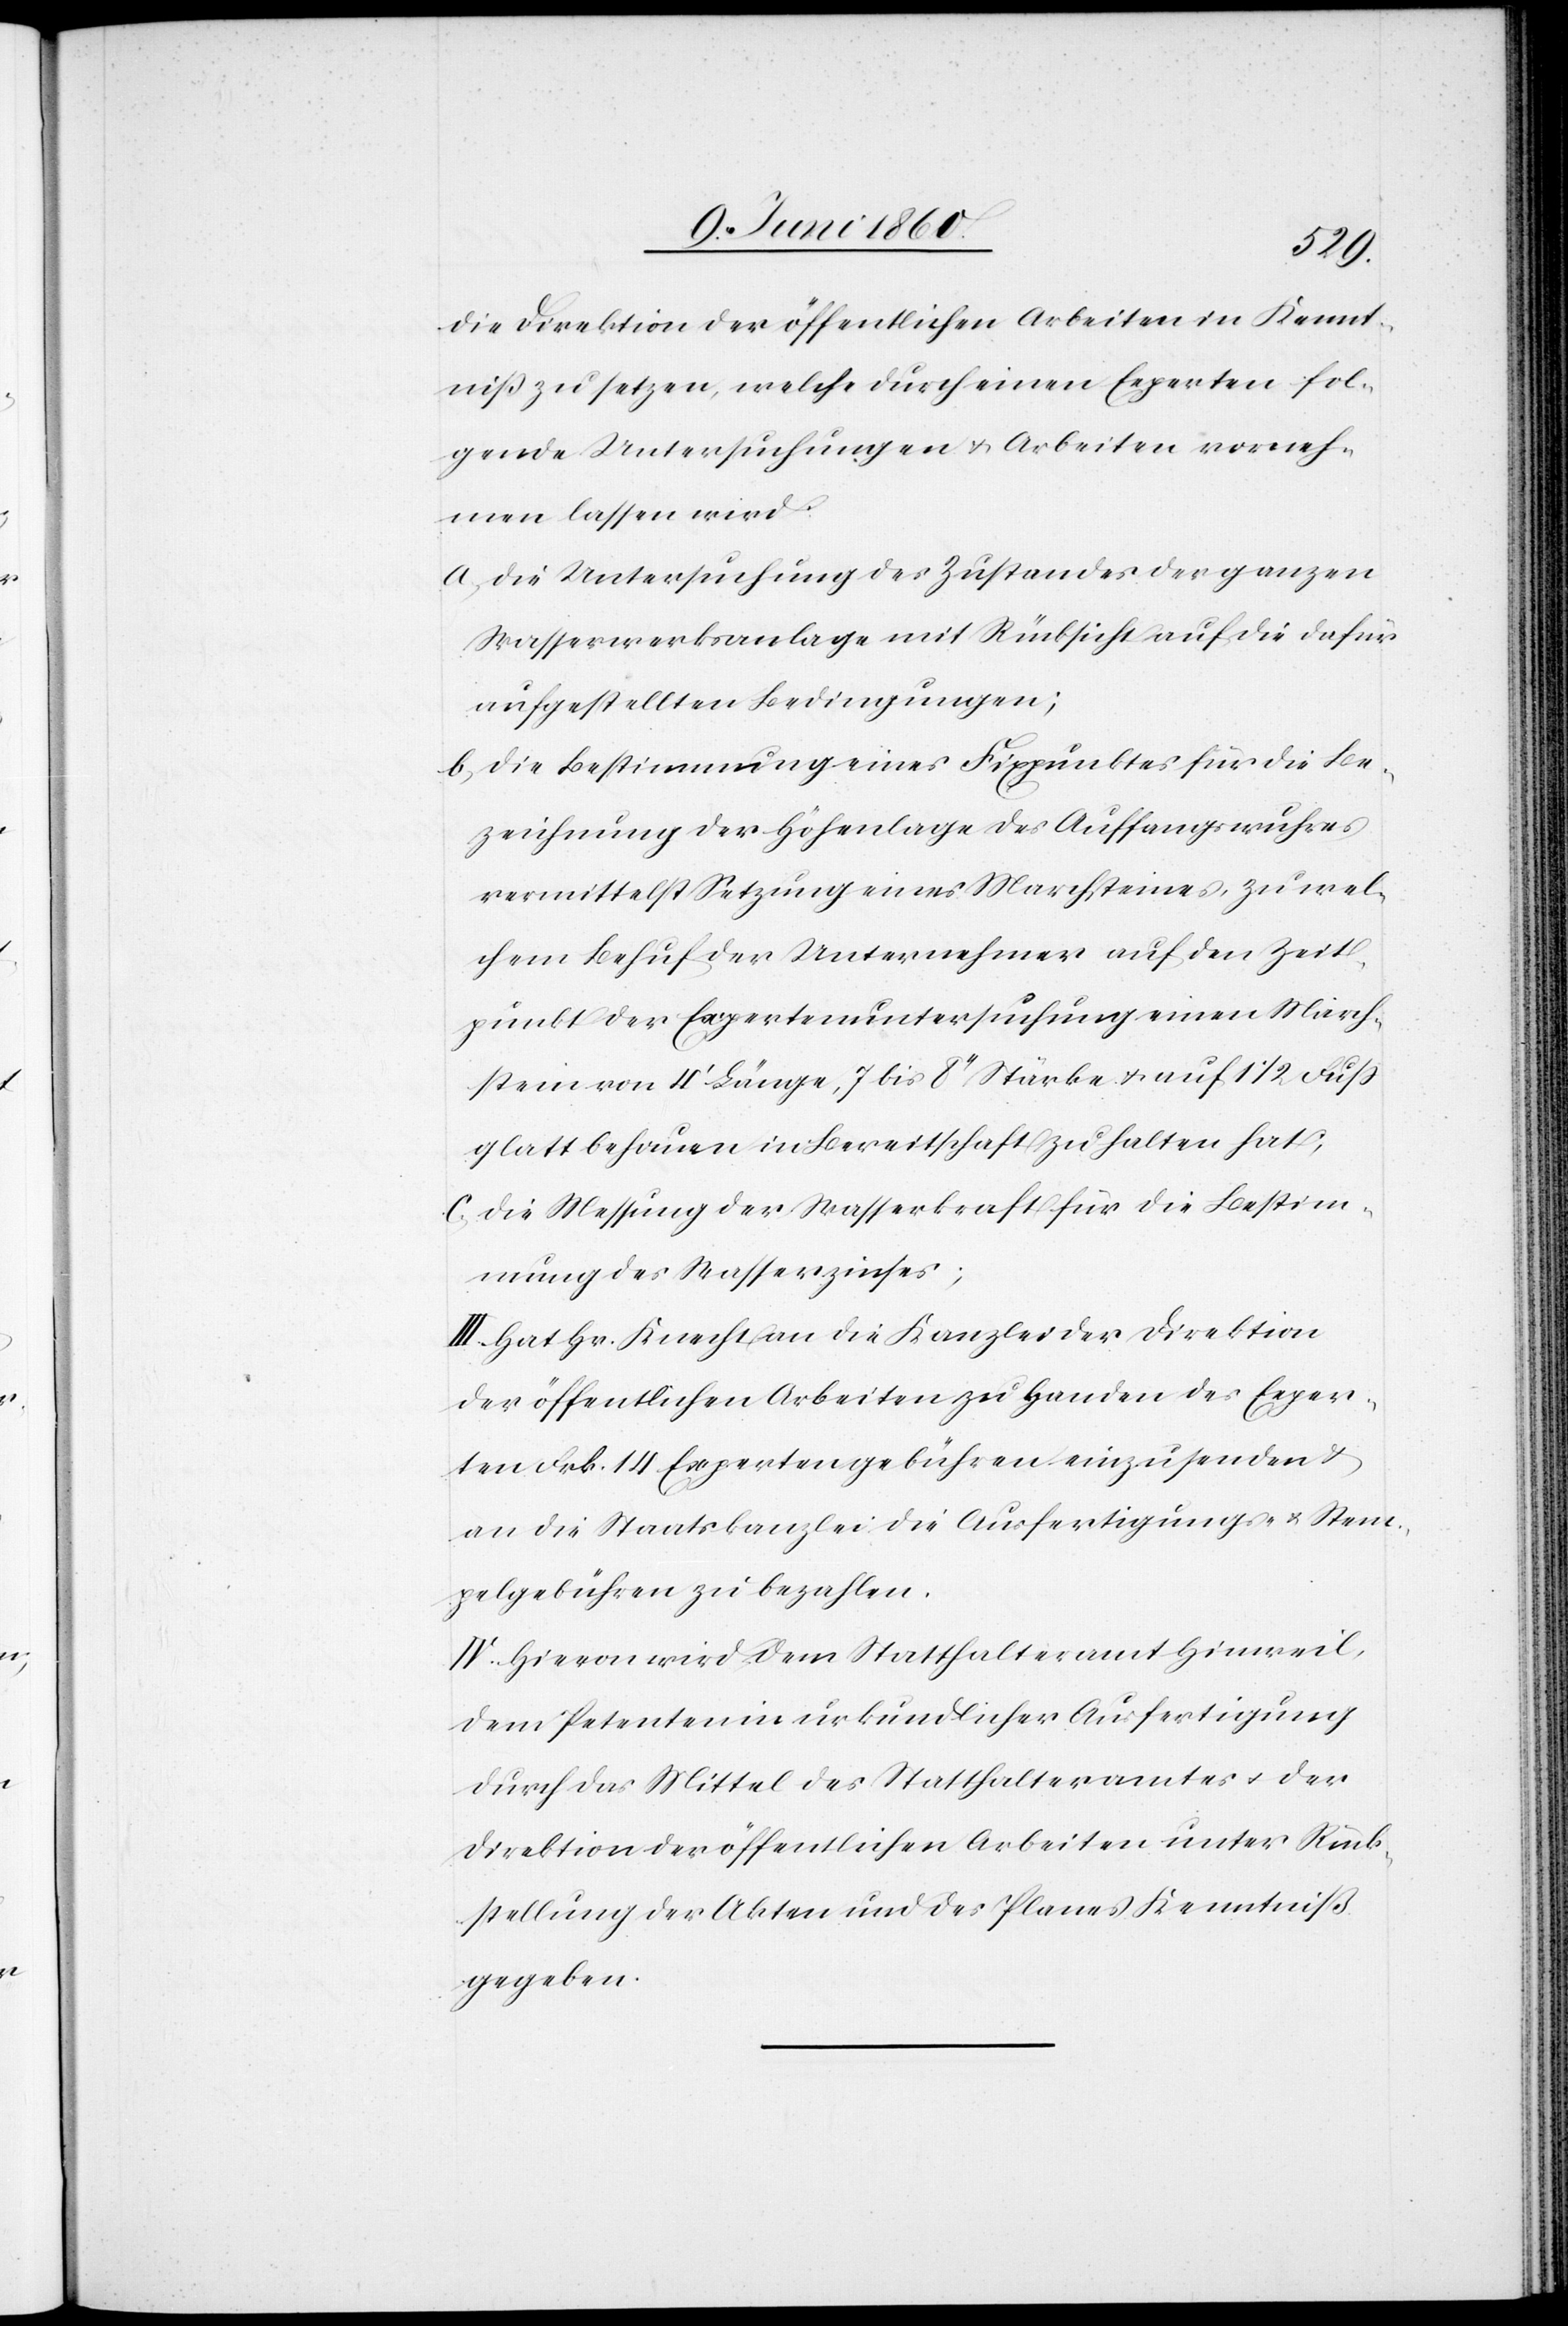
die Direktion der öffentlichen Arbeiten in Kennt¬
niss zu setzen, welche durch einen Experten fol¬
gende Untersuchungen u. Arbeiten vorneh¬
men lassen wird.
a. Die Untersuchung des Zustandes der ganzen
Wasserwerksanlage mit Rücksicht auf die dafür
aufgestellten Bedingungen;
b. die Bestimmung eines Fixpunktes für die Be¬
zeichnung der Höhenlage des Auffangwuhres
vermittelst Setzung eines Marchsteines, zu wel¬
chem Behuf der Unternehmer auf den Zeit¬
punkt der Expertenuntersuchung einen March¬
stein von 4’ Länge, 7 bis 8’’ Stärke u. auf 1 1/2 Fuss
glatt behauen, in Bereitschaft zu halten hat;
c. die Messung der Wasserkraft für die Bestim¬
mung des Wasserzinses;
III. Hat Hr. Knecht der Kanzlei der Direktion
der öffentlichen Arbeiten zu Handen des Exper¬
ten Frk. 14 Expertengebühren einzusenden u.
an die Staatskanzlei die Ausfertigungs- u. Stem¬
pelgebühren zu bezahlen.
IV. Hievon wird dem Statthalteramt Hinweil,
dem Petenten in urkundlicher Ausfertigung
durch das Mittel des Statthalteramtes u. der
Direktion der öffentlichen Arbeiten unter Rück¬
sendung der Akten und des Planes Kenntniß
gegeben.